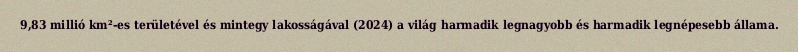
9,83 millió km²-es területével és mintegy lakosságával (2024) a világ harmadik legnagyobb és harmadik legnépesebb állama.